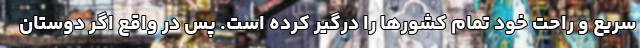
سریع و راحت خود تمام کشورها را درگیر کرده‌ است. پس در واقع اگر دوستان